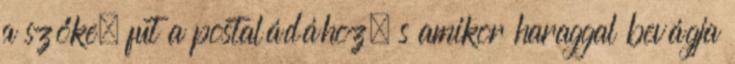
a szőke, fut a postaládához, s amikor haraggal bevágja